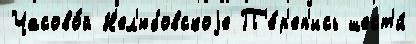
Часово́й Н'ел'юбовскоjе П'е́р'еп'ись шест'и́